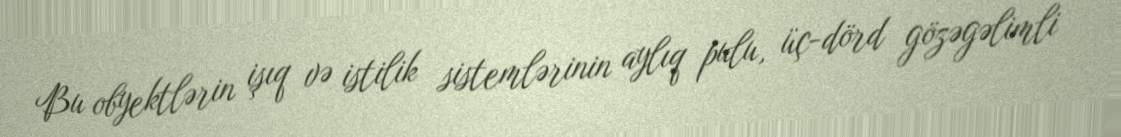
Bu obyektlərin işıq və istilik sistemlərinin aylıq pulu, üç-dörd gözəgəlimli